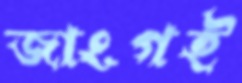
জাংগই